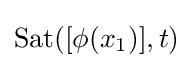
{\mbox{Sat}}([\phi (x_{1})],t)